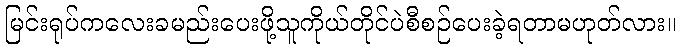
မြင်းရုပ်ကလေးခမည်းပေးဖို့သူကိုယ်တိုင်ပဲစီစဉ်ပေးခဲ့ရတာမဟုတ်လား။